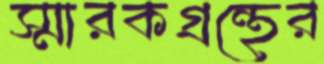
স্মারকগ্রন্থের